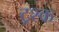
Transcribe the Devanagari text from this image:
ट्रश्क